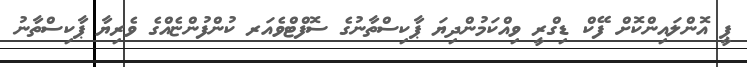
ޕީ އޮންލައިންކޮށް ފޭކް ޑިގްރީ ވިއްކަމުންދިޔަ ޕާކިސްތާނުގެ ސޮފްޓްވެއަރ ކުންފުންޏެއްގެ ވެރިޔާ ޕާކިސްތާނު